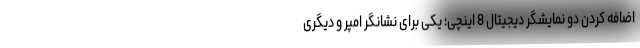
اضافه کردن دو نمایشگر دیجیتال 8 اینچی؛ یکی برای نشانگر امپر و دیگری